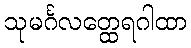
သုမင်္ဂလတ္ထေရဂါထာ